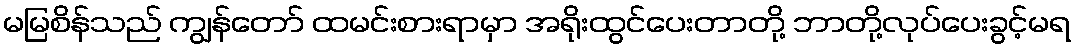
မမြစိန်သည် ကျွန်တော် ထမင်းစားရာမှာ အရိုးထွင်ပေးတာတို့ ဘာတို့လုပ်ပေးခွင့်မရ